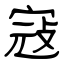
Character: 寇